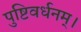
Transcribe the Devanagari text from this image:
पुष्टिवर्धनम्।